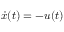
{ \dot { x } } ( t ) = - u ( t )